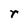
Character: r